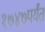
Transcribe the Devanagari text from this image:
१७४७पर्यंत